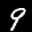
Label: 9